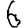
Digit: 6